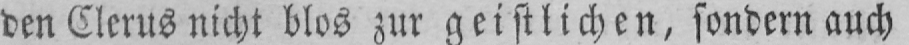
den Clerus nicht blos zur geistlichen, sondern auch